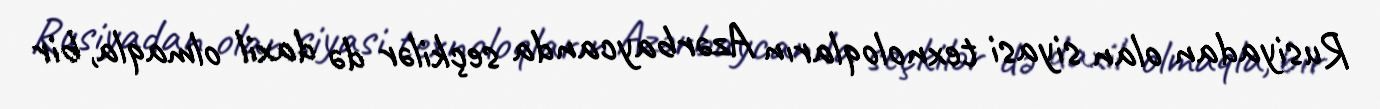
Rusiyadan olan siyasi texnoloqların Azərbaycanda seçkilər də daxil olmaqla, bir